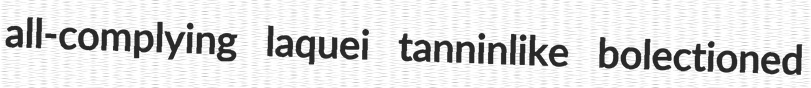
all-complying laquei tanninlike bolectioned